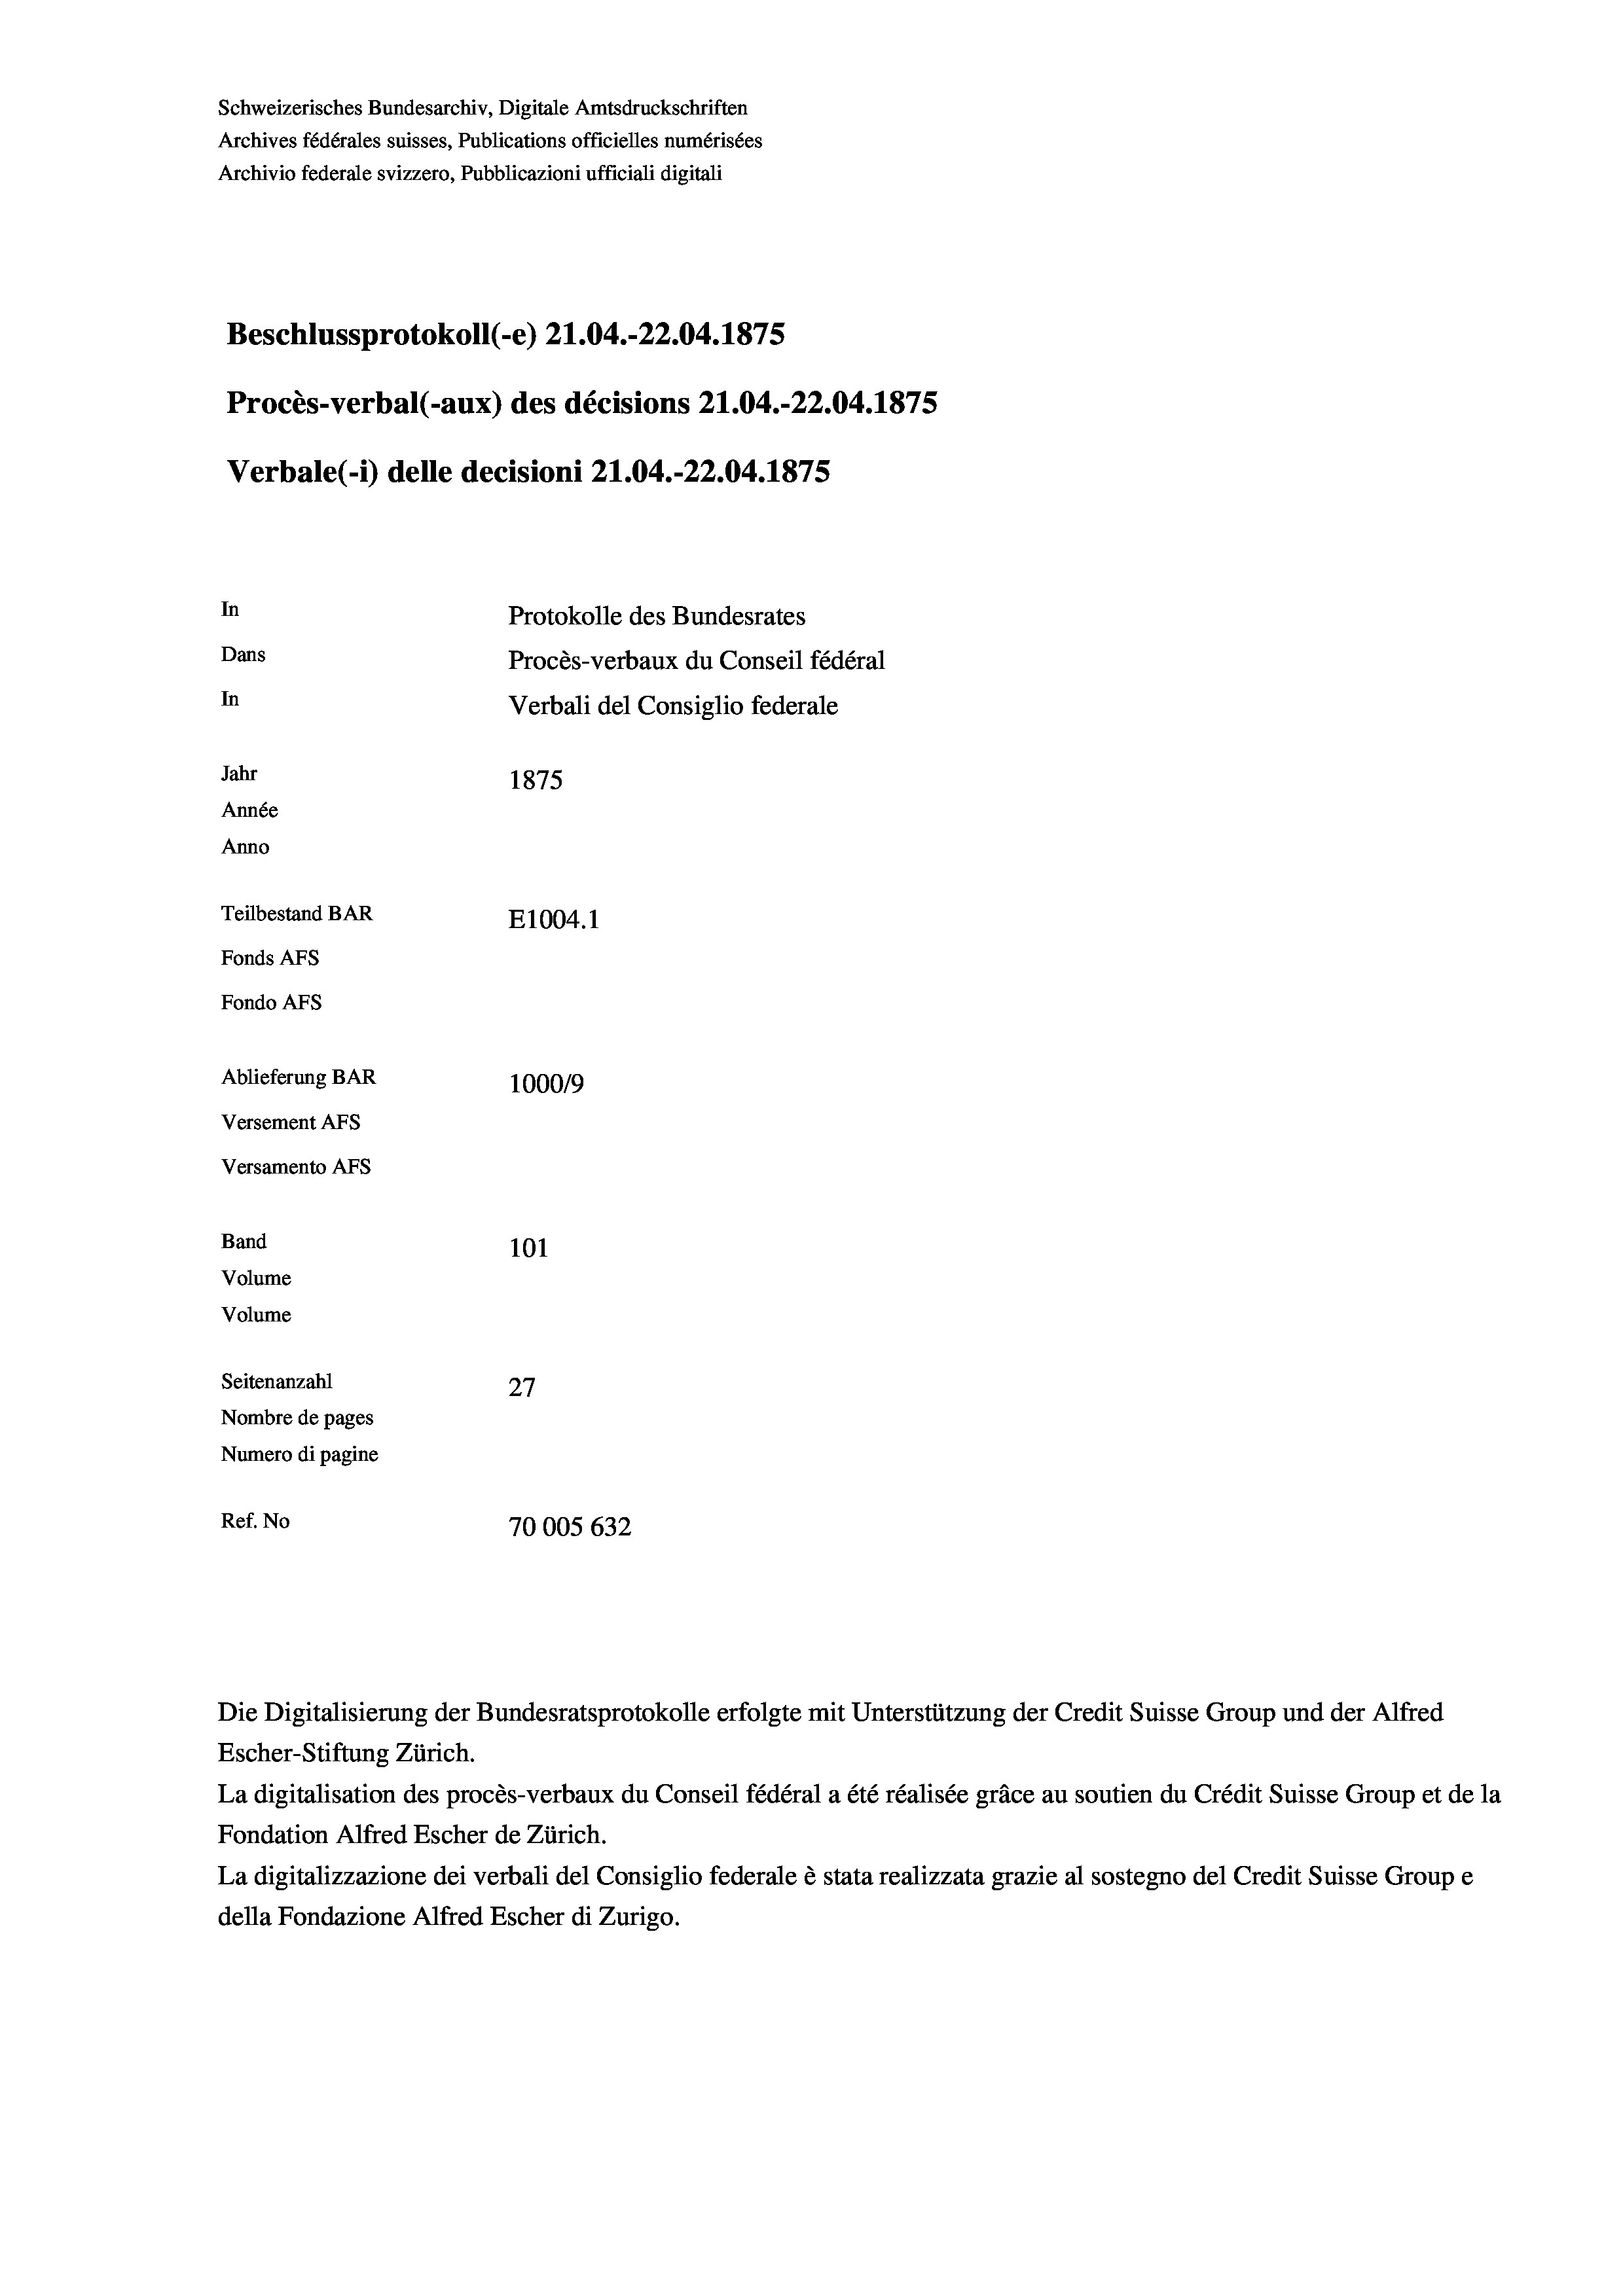
Schweizerisches Bundesarchiv, Digitale Amtsdruckschriften
Archives fédérales suisses, Publications officielles numérisées
Archivio federale svizzero, Pubblicazioni ufficiali digitali
Beschlussprotokoll (-e) 21.04.-22.04. 1875
Procès-verbal (-aux) des décisions Z1.04.-22.04. 1875
Verbale (i) delle decisioni 21.04.-22.04. 1875
Protokolle des Bundesrates
Dans
Procès-verbaux du Conseil fédéral
In
Verbali del Consiglio federale
Jahr
1875
Année
Anno
Teilbestand BAR
E1004.1
Fonds AFs
Fondo Afs
Ablieferung BAR
100019
Versement AFs
Versamento Afs
Band
101
Volume
Volume
Seitenanzahl
27
Nombre de pages
Numero di pagine
Ref. No
70005 632

In

Escher-Stiftung Zürich.
La digitalisation des procès-verbaux du Conseil fédéral a été réalisée gräce au soutien du Crédit Suisse Group et de la
Fondation Alfred Escher de Zürich.
La digitalizzazione dei verbali del Consiglio federale è stata realizzata grazie al sostegno del Credit Suisse Groupe
della Fondazione Alfred Escher di Zurigo.

Die Digitalisierung der Bundesratsprotokolle erfolgte mit Unterstützung der Credit Suisse Group und der Alfred